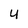
Character: u